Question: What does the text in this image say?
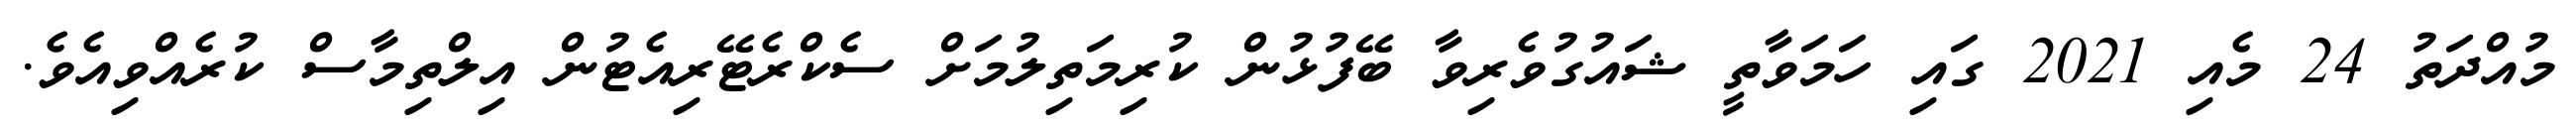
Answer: މުއްދަތު 24 މެއި 2021 ގައި ހަމަވާތީ ޝައުގުވެރިވާ ބޭފުޅުން ކުރިމަތިލުމަށް ސެކްރެޓޭރިއެޓުން އިލްތިމާސް ކުރެއްވިއެވެ.